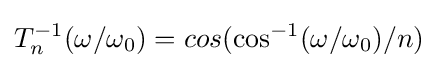
T_{n}^{-1}(\omega /\omega _{0})=cos(\cos ^{-1}(\omega /\omega _{0})/n)